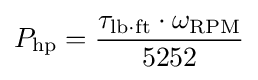
P_{\mathrm {hp} }={\tau _{\mathrm {lb\cdot ft} }\cdot \omega _{\mathrm {RPM} } \over 5252}